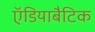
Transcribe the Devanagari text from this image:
ऍडियाबैटिक